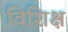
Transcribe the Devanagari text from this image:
विशिक्ष